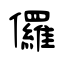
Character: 儸